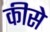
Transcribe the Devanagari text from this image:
कीसे